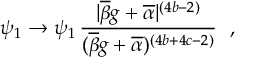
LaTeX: \psi _ { 1 } \rightarrow \psi _ { 1 } \, \frac { | \overline { { { \beta } } } g + \overline { { { \alpha } } } | ^ { ( 4 b - 2 ) } } { ( \overline { { { \beta } } } g + \overline { { { \alpha } } } ) ^ { ( 4 b + 4 c - 2 ) } } ~ ~ ,